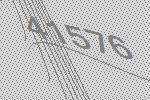
41576